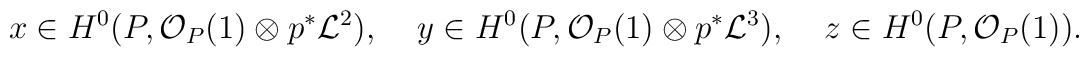
x\in H^0(P,{\mathcal O}_{P}(1)\otimes p^{*}{\mathcal L}^2),\;\;\;\;y\in H^0(P,{\mathcal O}_{P}(1)\otimes p^{*}{\mathcal L}^3),\;\;\;\; z\in H^0(P,{\mathcal O}_{P}(1)).